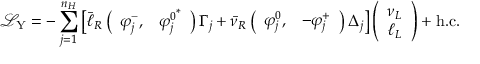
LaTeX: \mathcal { L } _ { \mathrm { Y } } = - \sum _ { j = 1 } ^ { n _ { H } } \left[ \bar { \ell } _ { R } \left( \begin{array} { c c } { { \varphi _ { j } ^ { - } , } } & { { { \varphi _ { j } ^ { 0 } } ^ { \ast } } } \end{array} \right) \Gamma _ { j } + \bar { \nu } _ { R } \left( \begin{array} { c c } { { \varphi _ { j } ^ { 0 } , } } & { { - \varphi _ { j } ^ { + } } } \end{array} \right) \Delta _ { j } \right] \left( \begin{array} { c } { { \nu _ { L } } } \\ { { \ell _ { L } } } \end{array} \right) + \mathrm { h . c . }